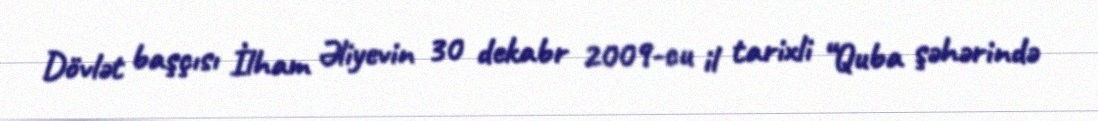
Dövlət başçısı İlham Əliyevin 30 dekabr 2009-cu il tarixli “Quba şəhərində